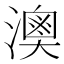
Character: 𤀈